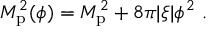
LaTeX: M _ { \mathrm { p } } ^ { 2 } ( \phi ) = M _ { \mathrm { p } } ^ { 2 } + 8 \pi | \xi | \phi ^ { 2 } \ .